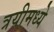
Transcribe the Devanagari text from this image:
त्रयीमध्ये